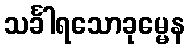
သင်္ခါရသောခုမ္မေန